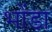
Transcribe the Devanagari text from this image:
भोंडा